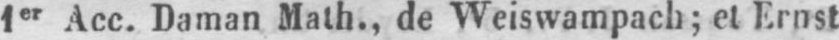
1er Acc. Daman Math., de Weiswampach; et Ernst